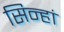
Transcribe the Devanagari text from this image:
सिन्हां